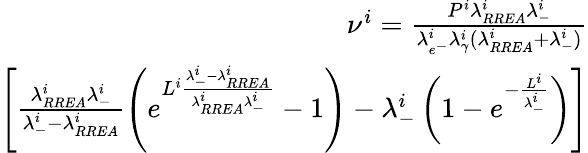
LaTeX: \begin{array}{r}{\nu^{i}=\frac{P^{i}\lambda_{RREA}^{i}\lambda_{-}^{i}}{\lambda_{e^{-}}^{i}\lambda_{\gamma}^{i}(\lambda_{RREA}^{i}+\lambda_{-}^{i})}}\\ {\left[\frac{\lambda_{RREA}^{i}\lambda_{-}^{i}}{\lambda_{-}^{i}-\lambda_{RREA}^{i}}\left(e^{L^{i}\frac{\lambda_{-}^{i}-\lambda_{RREA}^{i}}{\lambda_{RREA}^{i}\lambda_{-}^{i}}}-1\right)-\lambda_{-}^{i}\left(1-e^{-\frac{L^{i}}{\lambda_{-}^{i}}}\right)\right]}\end{array}